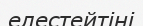
елестейтіні